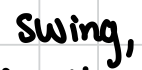
Text: swing,
Cross-out: clean
Writing tool: digital_black